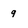
Character: 9